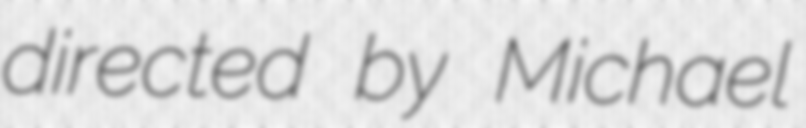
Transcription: directed by Michael